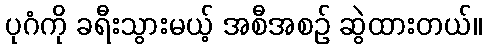
ပုဂံကို ခရီးသွားမယ့် အစီအစဉ် ဆွဲထားတယ်။